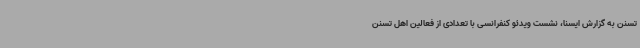
تسنن به گزارش ایسنا، نشست ویدئو کنفرانسی با تعدادی از فعالین اهل تسنن